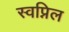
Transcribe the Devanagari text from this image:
स्‍वप्निल